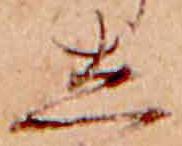
し